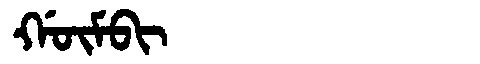
Manchu: ᡤᡡᠮᠪᡳ
Romanization: GŪMBI